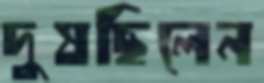
দুষছিলেন